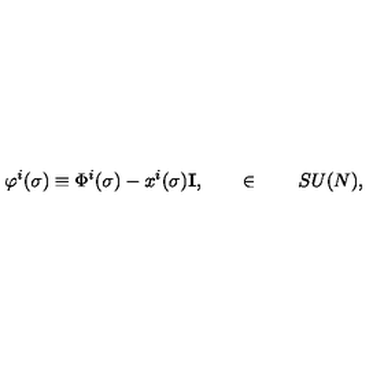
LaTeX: \varphi ^ { i } ( \sigma ) \equiv \Phi ^ { i } ( \sigma ) - x ^ { i } ( \sigma ) { \bf I } , \qquad \in \qquad S U ( N ) ,